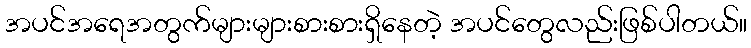
အပင်အရေအတွက်များများစားစားရှိနေတဲ့ အပင်တွေလည်းဖြစ်ပါတယ်။